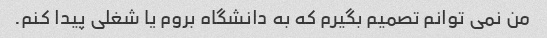
من نمی توانم تصمیم بگیرم که به دانشگاه بروم یا شغلی پیدا کنم.